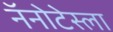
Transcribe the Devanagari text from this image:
नॅनोटेस्ला